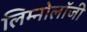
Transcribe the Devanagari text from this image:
लिम्नोलॉजी